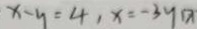
x - y = 4 , x = - 3 y